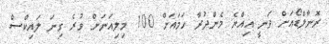
ރޮނާލްޑޯއަށް ވަނީ އިއްޔެ މެންދުރާ ހަމައަށް 100 މިލިއަނަށް ވުރެ ގިނަ ލައިކްސް